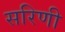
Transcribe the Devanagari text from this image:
सरिणी